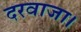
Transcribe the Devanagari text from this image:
दरवाजा।